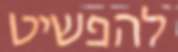
להפשיט